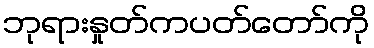
ဘုရားနှုတ်ကပတ်တော်ကို